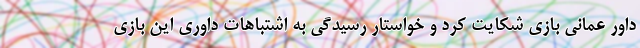
داور عمانی بازی شکایت کرد و خواستار رسیدگی به اشتباهات داوری این بازی